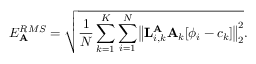
E _ { { \bf A } } ^ { R M S } = \sqrt { \frac { 1 } { N } \sum _ { k = 1 } ^ { K } \sum _ { i = 1 } ^ { N } \big \lVert { \bf L } _ { i , k } ^ { { \bf A } } { \bf A } _ { k } [ \phi _ { i } - c _ { k } ] \big \rVert _ { 2 } ^ { 2 } } .